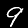
Digit: 9